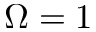
\Omega = 1